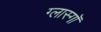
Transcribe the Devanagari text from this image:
ग्लास्गाॅ